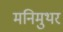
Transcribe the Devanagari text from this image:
मनिमुथर